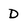
Character: D